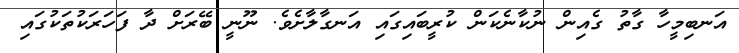
އަނބިމީހާ ގާތު ގެއިން ނުކާނެކަން ކުރީބައިގައި އަނގާލާށެވެ. ނޫނީ ބޭރަށް ދާ ފަހަރަކުތަކުގައި